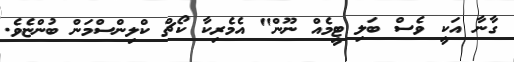
ގާނާ އަކީ ވެސް ބަލި ޓީމެއް ނޫން" އެމެރިކާ ކޯޗް ކްލިންސްމަން ބުންޏެވެ.